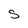
Character: S